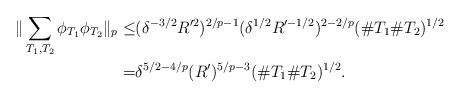
LaTeX: \begin{align*}\|\sum_{T_1,T_2}\phi_{T_1}\phi_{T_2}\|_{p}\leq& (\delta^{-3/2}R'^2)^{2/p-1}(\delta ^{1/2}R'^{-1/2})^{2-2/p} (\# T_1\#T_2)^{1/2}\\=& \delta^{5/2-4/p} (R')^{5/p-3} (\# T_1\# T_2)^{1/2}.\end{align*}